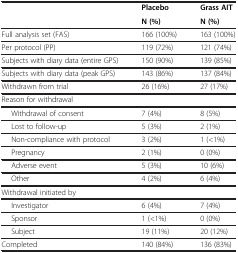
<table><thead><tr><td><b> </b></td><td><b>Placebo</b></td><td><b>Grass AIT</b></td></tr><tr><td><b> </b></td><td><b>N (%)</b></td><td><b>N (%)</b></td></tr></thead><tbody><tr><td>Full analysis set (FAS)</td><td>166 (100%)</td><td>163 (100%)</td></tr><tr><td>Per protocol (PP)</td><td>119 (72%)</td><td>121 (74%)</td></tr><tr><td>Subjects with diary data (entire GPS)</td><td>150 (90%)</td><td>139 (85%)</td></tr><tr><td>Subjects with diary data (peak GPS)</td><td>143 (86%)</td><td>137 (84%)</td></tr><tr><td>Withdrawn from trial</td><td>26 (16%)</td><td>27 (17%)</td></tr><tr><td>Reason for withdrawal</td><td> </td><td> </td></tr><tr><td>Withdrawal of consent</td><td>7 (4%)</td><td>8 (5%)</td></tr><tr><td>Lost to follow-up</td><td>5 (3%)</td><td>2 (1%)</td></tr><tr><td>Non-compliance with protocol</td><td>3 (2%)</td><td>1 (&lt;1%)</td></tr><tr><td>Pregnancy</td><td>2 (1%)</td><td>0 (0%)</td></tr><tr><td>Adverse event</td><td>5 (3%)</td><td>10 (6%)</td></tr><tr><td>Other</td><td>4 (2%)</td><td>6 (4%)</td></tr><tr><td>Withdrawal initiated by</td><td> </td><td> </td></tr><tr><td>Investigator</td><td>6 (4%)</td><td>7 (4%)</td></tr><tr><td>Sponsor</td><td>1 (&lt;1%)</td><td>0 (0%)</td></tr><tr><td>Subject</td><td>19 (11%)</td><td>20 (12%)</td></tr><tr><td>Completed</td><td>140 (84%)</td><td>136 (83%)</td></tr></tbody></table>